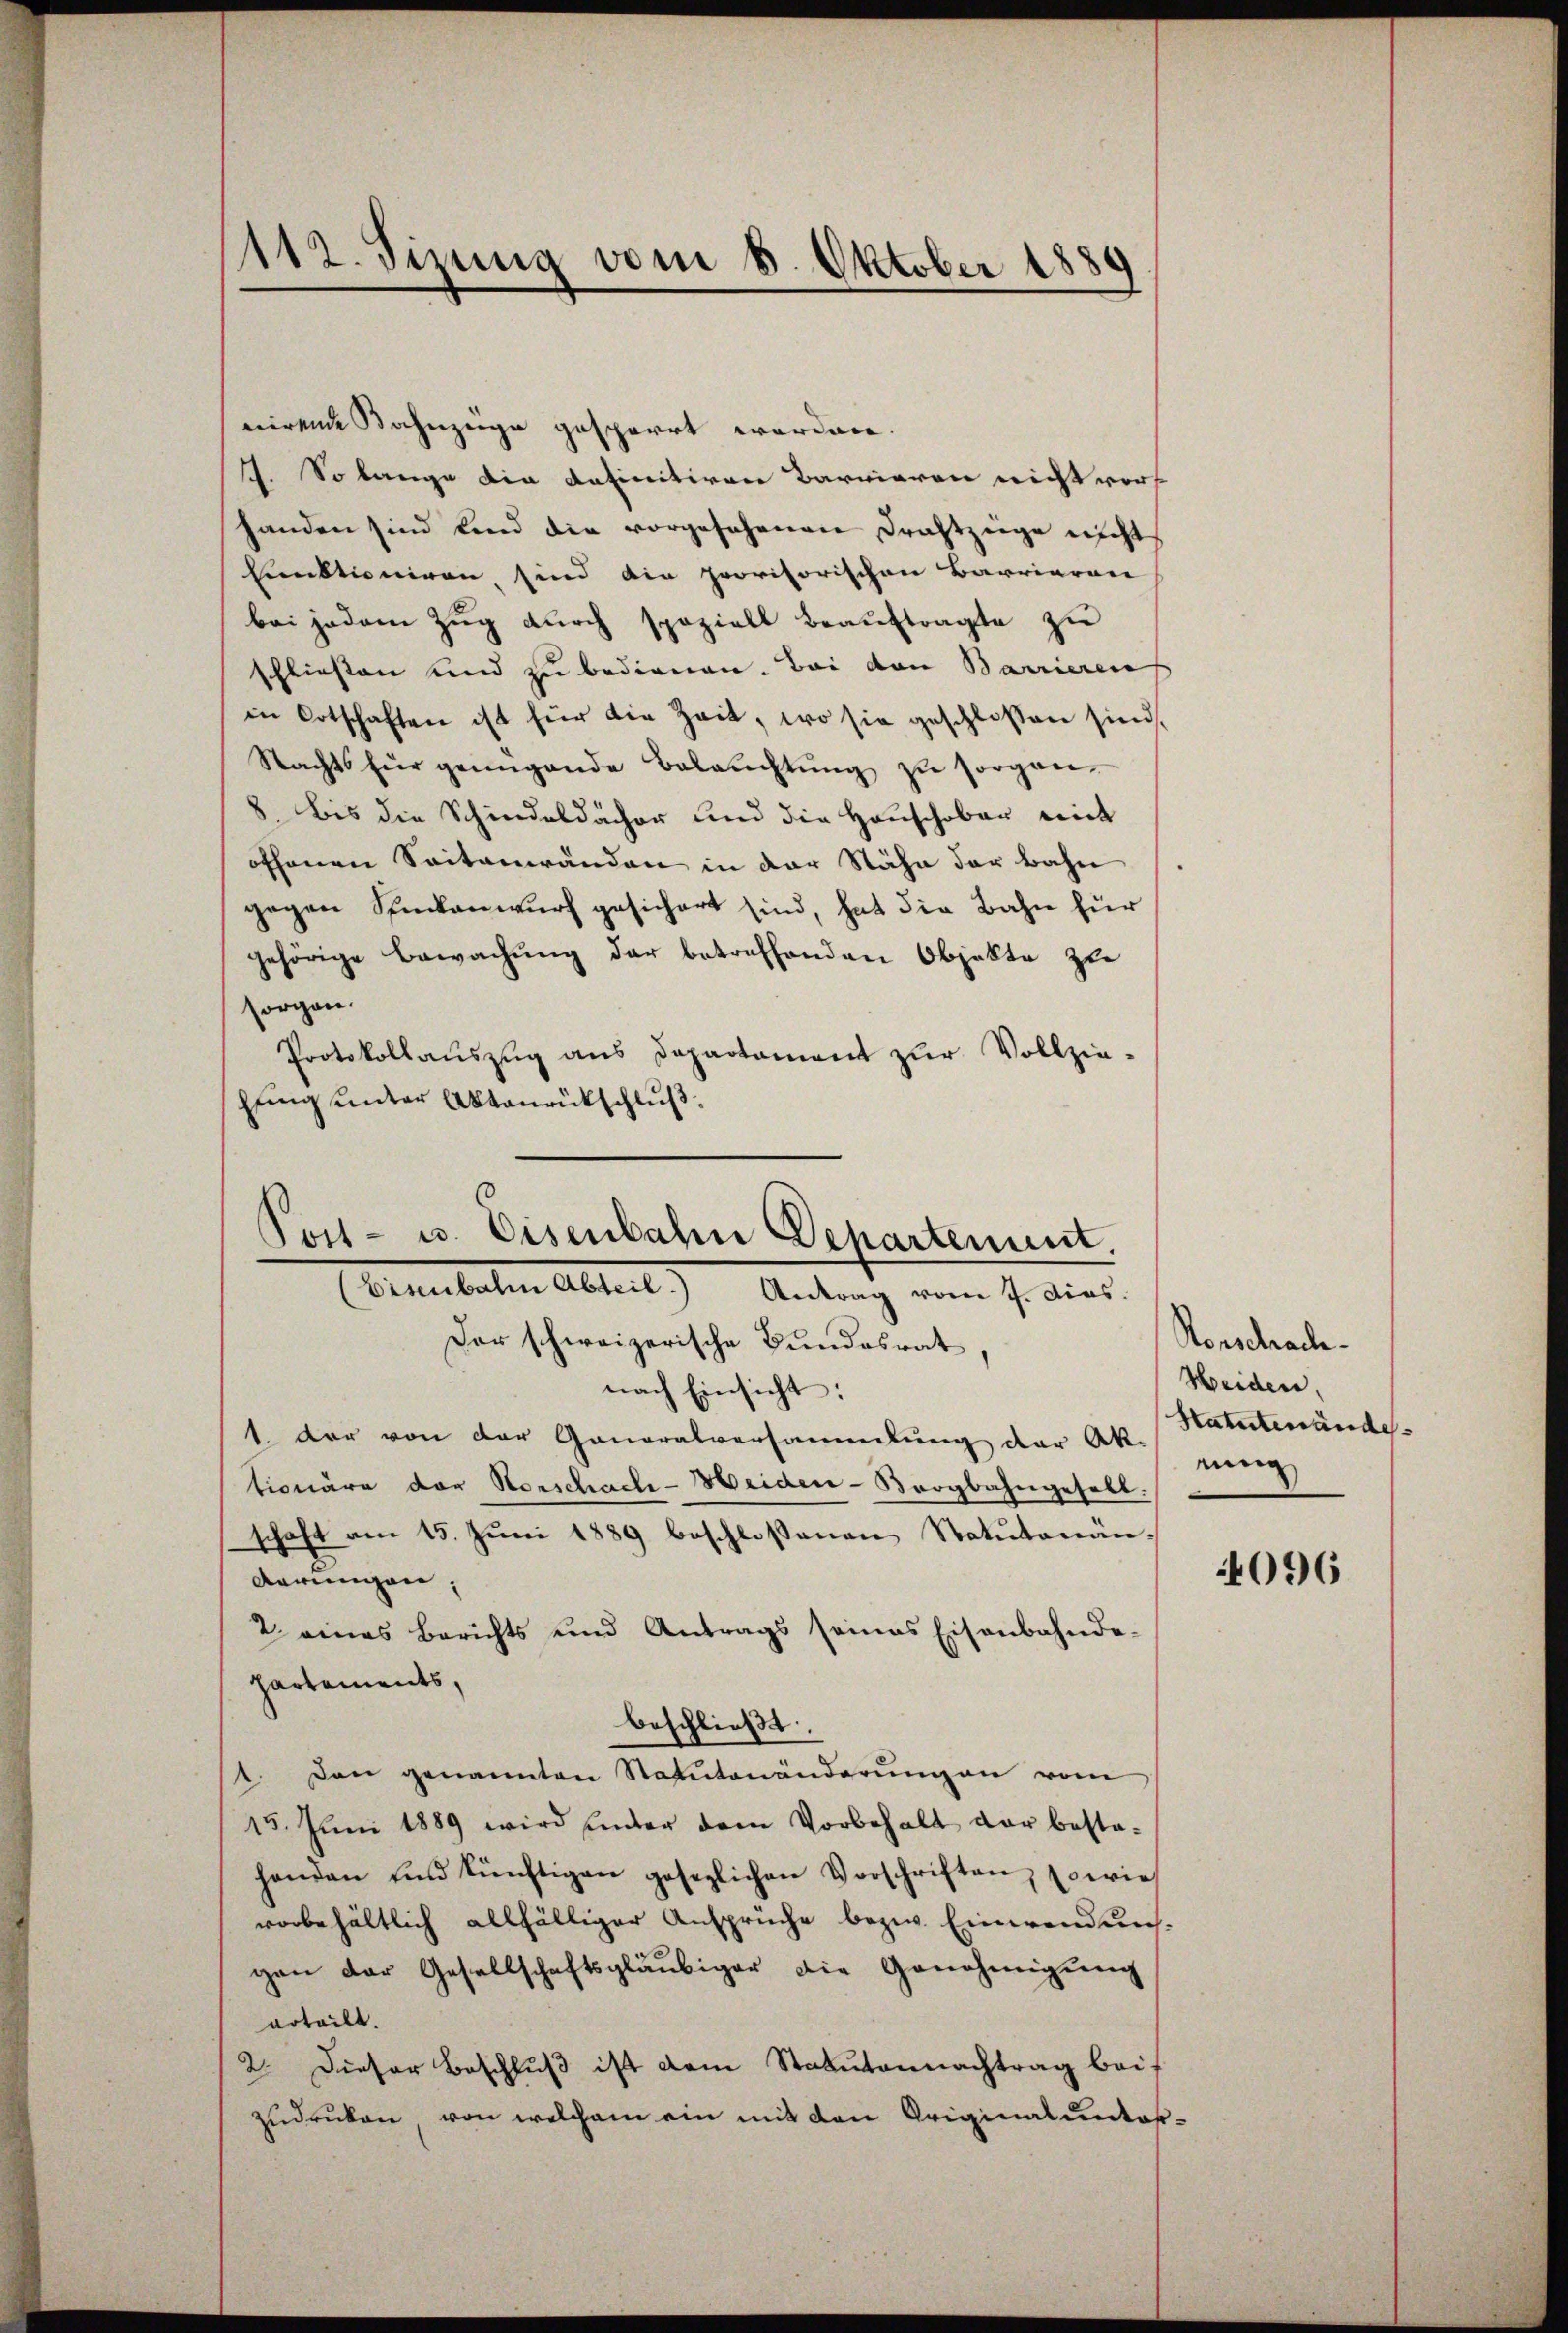
nirende Bahnzüge gesperrt worden.
. So lange die datinitiven Barrieren nicht vors
handen sind und die vorgesehenen Drahtzeige nicht
Leuktioniren, sind die provisorischen Barriaren
bei jedem Zug durch spaziell beauftragte zu
schließen und zu bedienen. Bei den Barrieren
in Ortschaften ist für die Zeit, wo sie geschlossen sind,
Nachts für genügende Beleŭchtŭng zŭ sorgen.
8. bis die Schindeldächer und die Hauschober mit
offenen Seitenwänden in der Nähe der bahn
gegen Stückenwurf gesichert sind, hat die Bahn für
gehörige Bewachung der betreffenden Objekte zu
sorgen.
Protokollaŭszŭg ans Departament zŭr Vollzie-
hung unter Aktenrückschluß

112. Sizung vom 8. Oktober 1889

Der schweizerische Bundesrat
nach Einsicht:
1. Der von der Generalversammlung der Ak-
tionäre der Vorschach-Heiden-Bergbahngesell.
schaft am 15. Jŭni 1889 beschlossenen Natŭtonän-
derungen,
2 eines Berichts und Antrags seines Eisenbahnda-
hartements,
1. Den genannten Statutenänderŭng an vom
15. Juni 1889 wird unter dem Vorbehalt der besta-
handen und künftigen gesezlichen Vorschriften, sowie
vorbehältlich allfälliger Ansprüche bezw. Einwendunsgen der Gesellschaftsgläubiger die Genehmigŭng
erteilt.
2. Dieser Beschluß ist dem Statutennachtrag bei-
zudrucken, von welchem ein mit den Originalunter¬

Post- u. Eisenbahn Departement.
Eisenbahn Abteil.) Antrag vom 7. dies

beschließt.

Rorschrache.
Heiden.
Statutenände
nung

4096